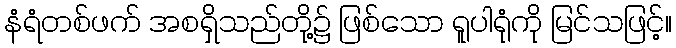
နံရံတစ်ဖက် အစရှိသည်တို့၌ ဖြစ်သော ရူပါရုံကို မြင်သဖြင့်။